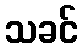
သခင်